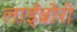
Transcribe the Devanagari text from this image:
लाईब्रोरी